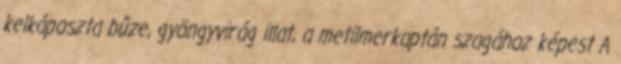
kelkáposzta bűze, gyöngyvirág illat, a metilmerkaptán szagához képest A